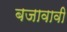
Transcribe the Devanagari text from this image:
बजावावी